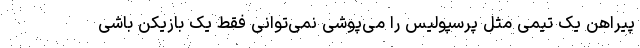
پیراهن یک تیمی مثل پرسپولیس را می‌پوشی نمی‌توانی فقط یک بازیکن باشی